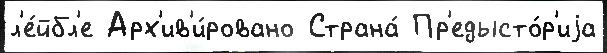
л'е́йбл'е Арх'ив'и́ровано Страна́ Пр'едысто́р'иjа